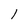
Character: l